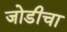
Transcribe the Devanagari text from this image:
जोडीचा